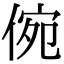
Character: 倇